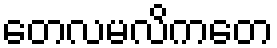
တေလမလိကတေ